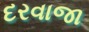
દરવાજા